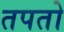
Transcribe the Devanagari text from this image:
तपतो